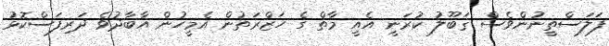
ފަލަސްތީނުންވެސް ޤަބޫލު ކުރަނީ އެއީ މާތް ގެ ހަޒްރަތުން އެމީހުން އާބާދުވެ ދަރިފަސްކޮޅު